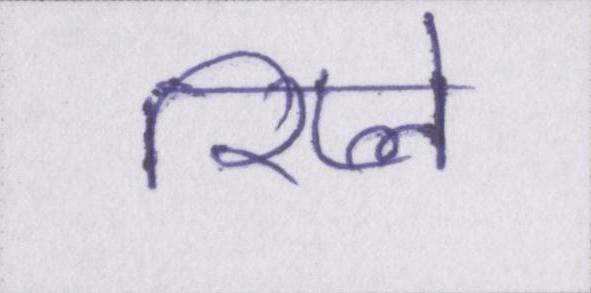
रिप्ले